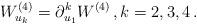
LaTeX: \begin{align*}W^{(4)}_{u_k}= \partial_{u_1}^k W^{(4)}\, , k=2,3,4\, .\end{align*}